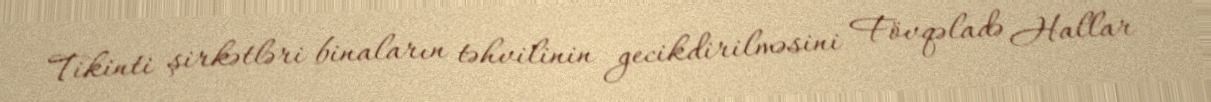
Tikinti şirkətləri binaların təhvilinin gecikdirilməsini Fövqəladə Hallar